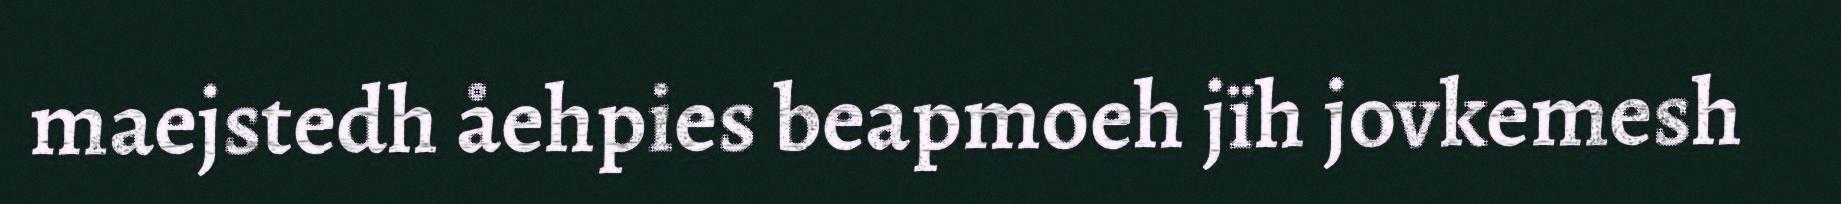
maejstedh åehpies beapmoeh jïh jovkemesh